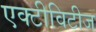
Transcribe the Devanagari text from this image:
एक्टीविटीज